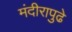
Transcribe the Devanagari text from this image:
मंदीरापुढे